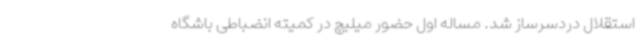
استقلال دردسرساز شد. مساله اول حضور میلیچ در کمیته انضباطی باشگاه